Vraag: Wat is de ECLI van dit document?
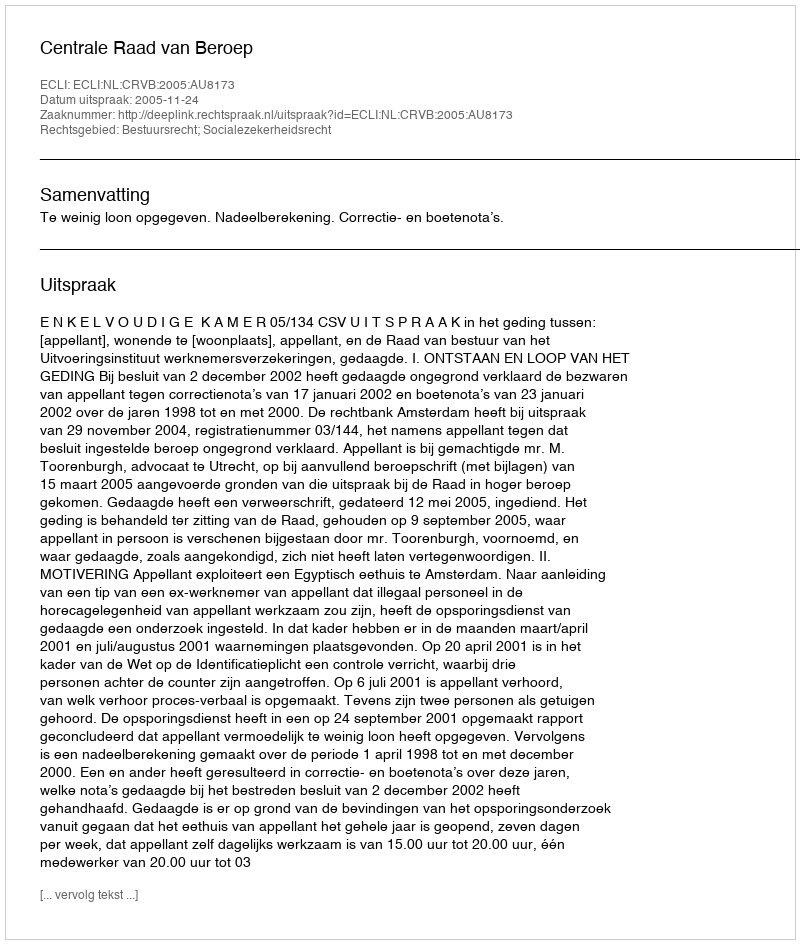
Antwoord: ECLI:NL:CRVB:2005:AU8173